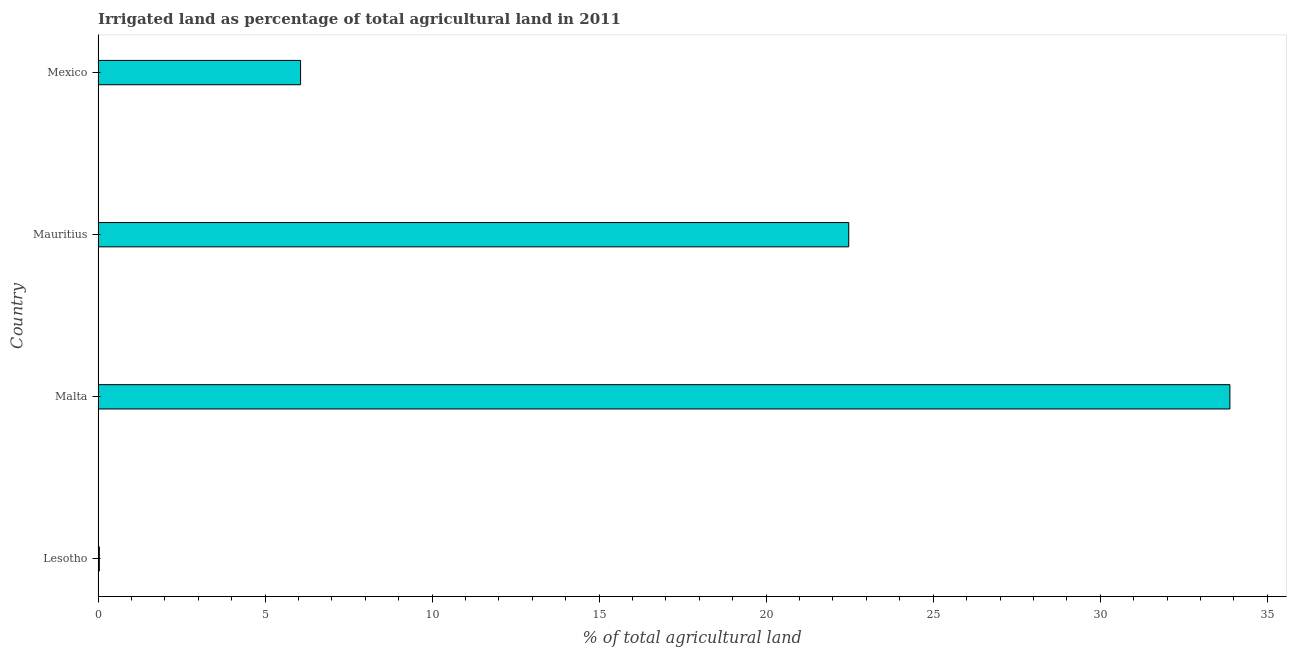
| Country | Agricultural irrigated land  |
 | --- | --- |
 | Lesotho | 0.0389 |
 | Malta | 33.9 |
 | Mauritius | 22.5 |
 | Mexico | 6.06 |